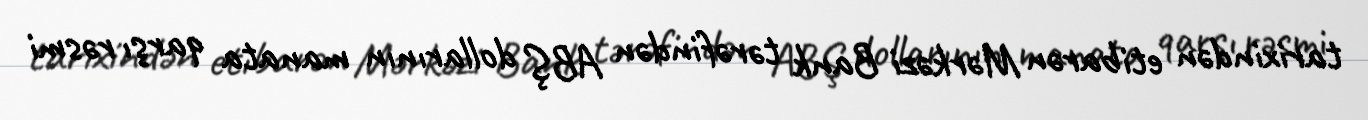
tarixindən etibarən Mərkəzi Bank tərəfindən ABŞ dollarının manata qarşı rəsmi